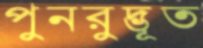
পুনরুদ্ভূত